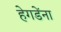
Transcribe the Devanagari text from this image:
हेगडेंना